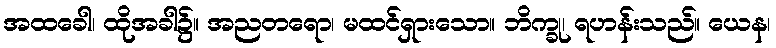
အထခေါ၊ ထိုအခါ၌။ အညတရော၊ မထင်ရှားသော။ ဘိက္ခု၊ ရဟန်းသည်။ ယေန၊